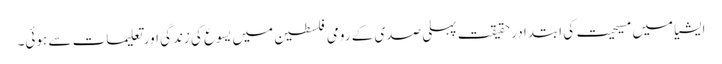
ایشیا میں مسیحیت کی ابتدا در حقیقت پہلی صدی کے رومی فلسطین میں یسوع کی زندگی اور تعلیمات سے ہوئی۔